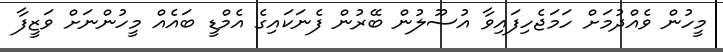
މީހުން ވެއްދުމަށް ހަމަޖެހިފައިވާ އުސޫލުން ބޭރުން ފެނަކައިގެ އެމްޑީ ބައެއް މީހުންނަށް ވަޒީފާ